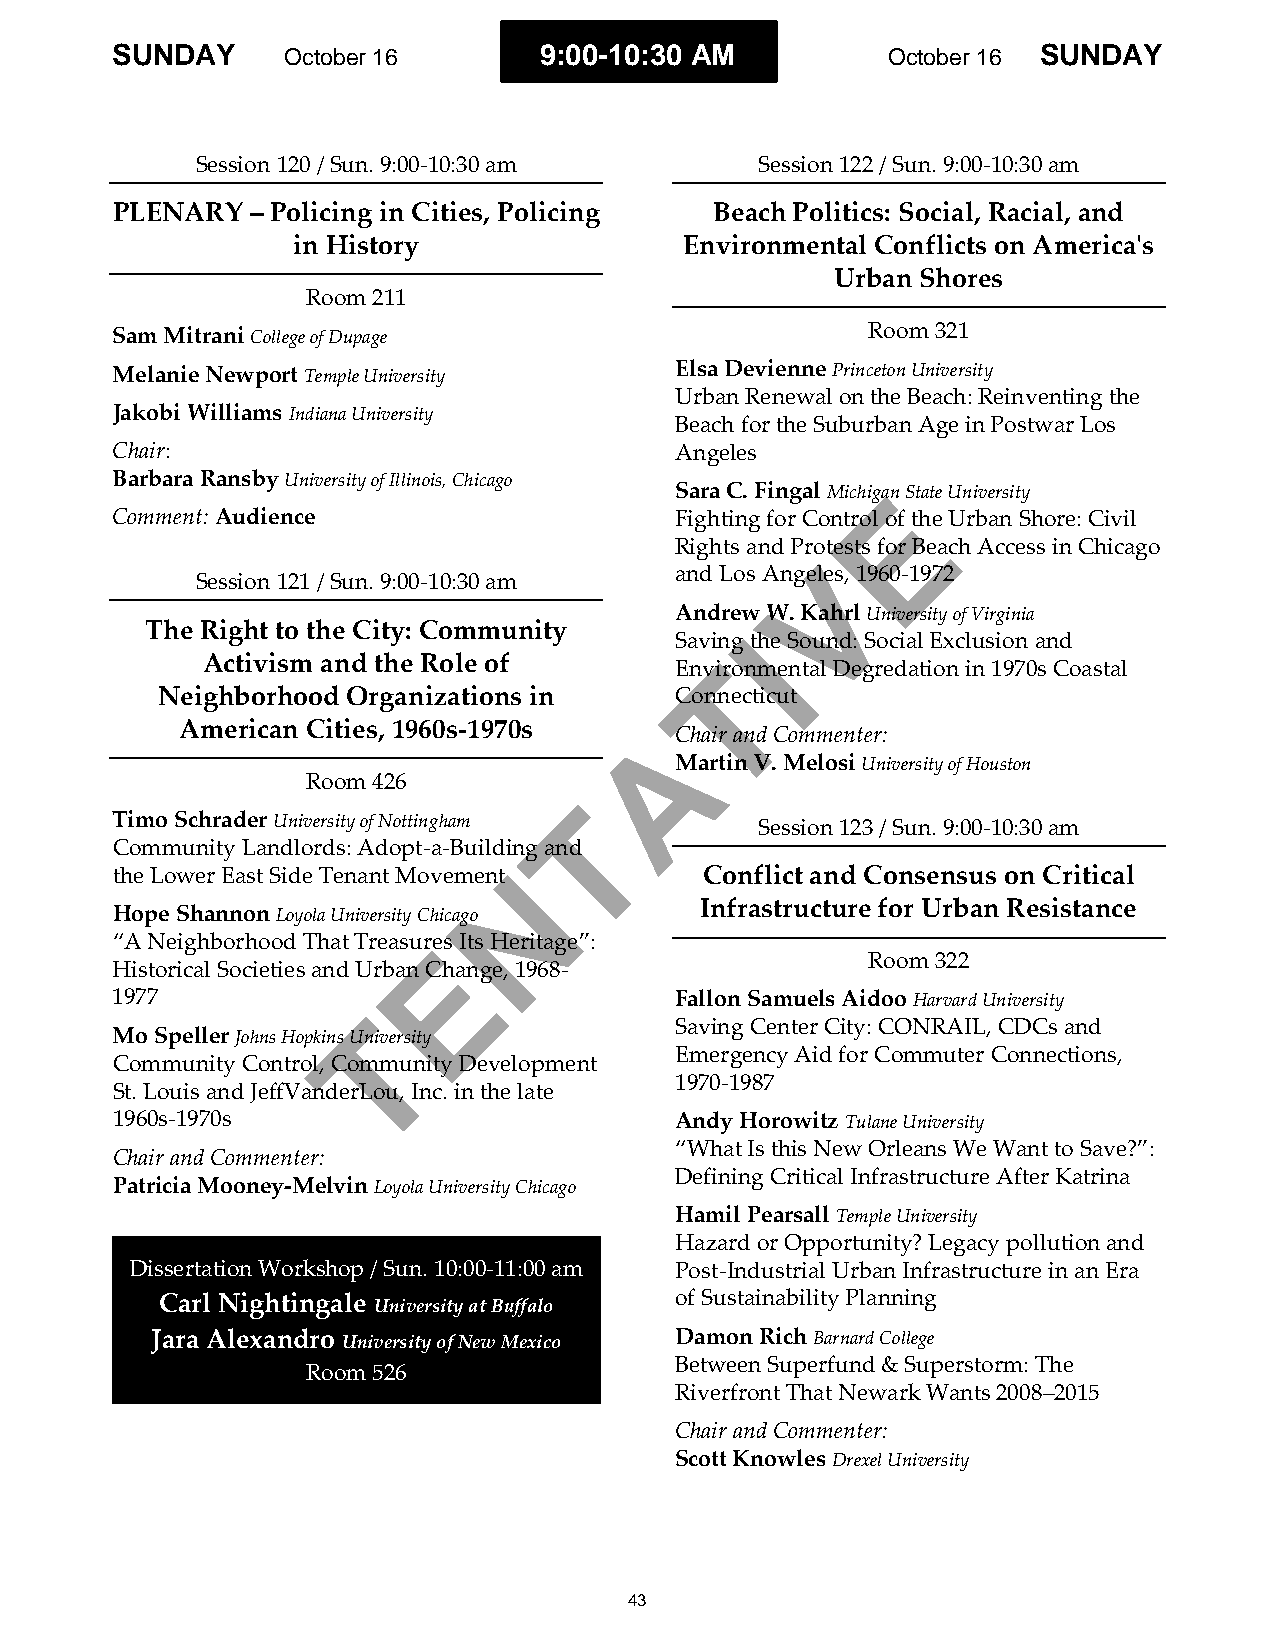
SUNDAY      October 16       9:00-10:30 AM          October 16 SUNDAY
 Session 120 / Sun. 9:00-10:30 am     Session 122 / Sun. 9:00-10:30 am
 PLENARY   – Policing in Cities, Policing Beach Politics: Social, Racial, and
 in History                Environmental Conflicts on America's
 Urban Shores
 Room 211
 Sam Mitrani College of Dupage                     Room 321
 Melanie Newport Temple University     Elsa Devienne Princeton University
 Urban Renewal on the Beach: Reinventing the
 Jakobi Williams Indiana University
 Beach for the Suburban Age in Postwar Los
 Chair:                                Angeles
 Barbara Ransby University of Illinois, Chicago
 Sara C. Fingal MichigaEn State University
 Comment: Audience                     Fighting for Control of the Urban Shore: Civil
 Rights and Protests for Beach Access in Chicago
 V
 and Los Angeles, 1960-1972
 Session 121 / Sun. 9:00-10:30 am
 Andrew W. Kahrl University of Virginia
 The Right to the City: Community       I
 Saving the Sound: Social Exclusion and
 Activism and the Role of        EnvTironmental Degredation in 1970s Coastal
 Neighborhood Organizations in      Connecticut
 American Cities, 1960s-1970s   A
 Chair and Commenter:
 Martin V. Melosi University of Houston
 Room 426
 T
 Timo Schrader University of Nottingham     Session 123 / Sun. 9:00-10:30 am
 Community Landlords: Adopt-a-Building and
 the Lower East Side Tenant Movement N   Conflict and Consensus on Critical
 Infrastructure for Urban Resistance
 Hope Shannon Loyola University Chicago
 “A Neighborhood That TreasurEes Its Heritage”:
 Room 322
 Historical Societies and Urban Change, 1968-
 1977                                  Fallon Samuels Aidoo Harvard University
 T
 Saving Center City: CONRAIL, CDCs and
 Mo Speller Johns Hopkins University
 Emergency Aid for Commuter Connections,
 Community Control, Community Development
 1970-1987
 St. Louis and JeffVanderLou, Inc. in the late
 1960s-1970s                           Andy Horowitz Tulane University
 “What Is this New Orleans We Want to Save?”:
 Chair and Commenter:
 Defining Critical Infrastructure After Katrina
 Patricia Mooney-Melvin Loyola University Chicago
 Hamil Pearsall Temple University
 Hazard or Opportunity? Legacy pollution and
 Dissertation Workshop / Sun. 10:00-11:00 am Post-Industrial Urban Infrastructure in an Era
 Carl Nightingale University at Buffalo of Sustainability Planning
 Jara Alexandro University of New Mexico Damon Rich Barnard College
 Between Superfund & Superstorm: The
 Room 526
 Riverfront That Newark Wants 2008–2015
 Chair and Commenter:
 Scott Knowles Drexel University
 43